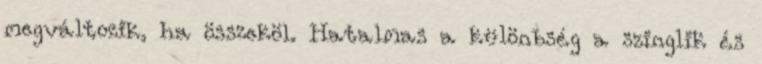
megváltozik, ha összeköl. Hatalmas a különbség a szinglik és